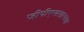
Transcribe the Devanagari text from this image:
जीपीएससारख्या